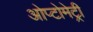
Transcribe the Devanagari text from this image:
ओप्टोमेट्री